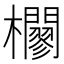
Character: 𣠼